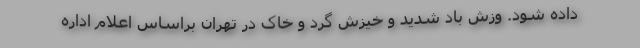
داده شود. وزش باد شدید و خیزش گرد و خاک در تهران براساس اعلام اداره